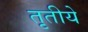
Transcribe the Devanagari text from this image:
तृतीये